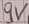
Text: 9V